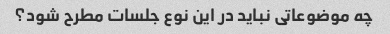
چه موضوعاتی نباید در این نوع جلسات مطرح شود؟